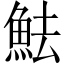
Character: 魼